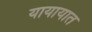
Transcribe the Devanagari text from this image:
यायायात